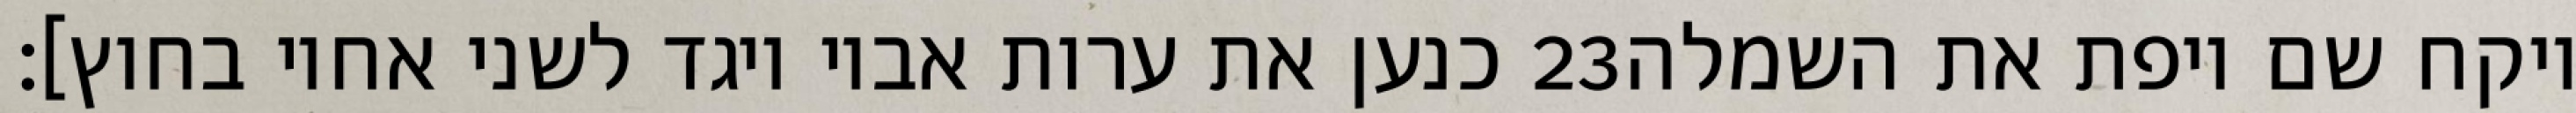
כנען את ערות אביו ויגד לשני אחיו בחוץ]׃ ‎23‏ ויקח שם ויפת את השמלה